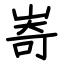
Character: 㟢